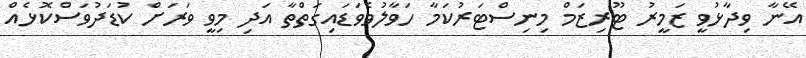
އޭނާ ވިދާޅުވީ ޒަމީރު ޓޫރިޒަމް މިނިސްޓަރުކަމާ ހަވާލުވެވަޑައިގަތްތާ އަދި މިވީ ވަރަށް ކުޑަދުވަސްކޮޅެއް